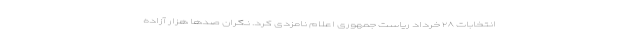
انتخابات ۲۸ خرداد ریاست جمهوری اعلام نامزدی کرد. نگران صدها هزار آزاده